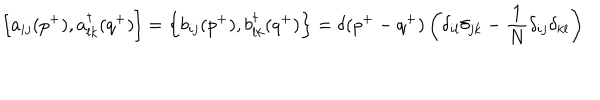
\left[ a _ { i j } ( p ^ { + } ) , a _ { l k } ^ { \dagger } ( q ^ { + } ) \right] = \left\{ b _ { i j } ( p ^ { + } ) , b _ { l k } ^ { \dagger } ( q ^ { + } ) \right\} = \delta ( p ^ { + } - q ^ { + } ) \left( \delta _ { i l } \delta _ { j k } - \frac { 1 } { N } \delta _ { i j } \delta _ { k l } \right)